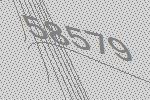
58579